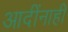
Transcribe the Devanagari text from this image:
आदींनाही